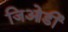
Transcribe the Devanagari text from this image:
जिओर्डी